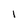
Character: I